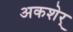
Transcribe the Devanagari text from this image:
अकशेर्